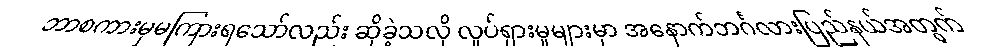
ဘာစကားမှမကြားရသော်လည်း ဆိုခဲ့သလို လှုပ်ရှားမှုများမှာ အနောက်ဘင်္ဂလားပြည်နယ်အတွက်